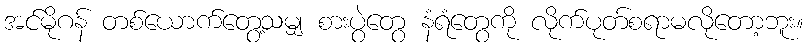
အင်မိုဂန် တစ်ယောက်တွေ့သမျှ စားပွဲတွေ နံရံတွေကို လိုက်ပုတ်စရာမလိုတော့ဘူး။